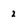
Character: 2